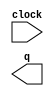
module frame_cnt (
	clock,
	q);

	input	  clock;
	output	[31:0]  q;

endmodule